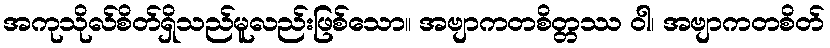
အကုသိုလ်စိတ်ရှိသည်မူလည်းဖြစ်သော။ အဗျာကတစိတ္တဿ ဝါ၊ အဗျာကတစိတ်